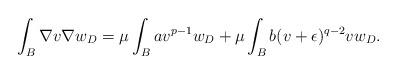
LaTeX: \begin{align*}\int_B \nabla v \nabla w_D = \mu \int_B a v^{p-1} w_D + \mu \int_B b (v+\epsilon)^{q-2}v w_D.\end{align*}